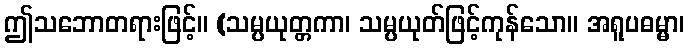
ဤသဘောတရားဖြင့်။ (သမ္ပယုတ္တကာ၊ သမ္ပယုတ်ဖြင့်ကုန်သော။ အရူပဓမ္မာ၊